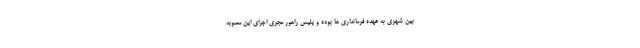
بین شهری به عهده فرمانداری ها بوده و پلیس راهور مجری اجرای این مصوبه